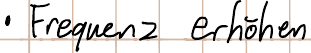
- Frequenz erhöhen